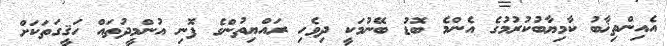
އެއިންތިޚާބު ކާމިޔާބުކުރުމުގެ އެންމެ ބޮޑު ބޭނުމަކީ ދިވެހި ރައްޔިތުންގެ ފޮނި އުންމީދުތައް ހަޤީގަތަކަށް